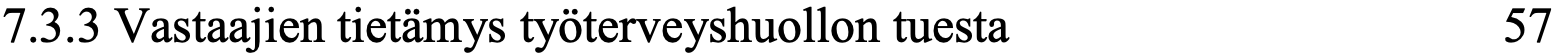
7.3.3 Vastaajien tietämys työterveyshuollon tuesta 57